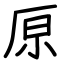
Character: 𠩤